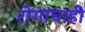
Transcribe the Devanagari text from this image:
रोगांचाही